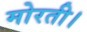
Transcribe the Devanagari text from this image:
मोरती।